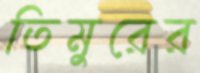
তিমুরের